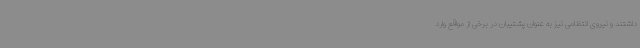
داشتند و نیروی انتظامی نیز به عنوان پشتیبان در برخی از مواقع وارد